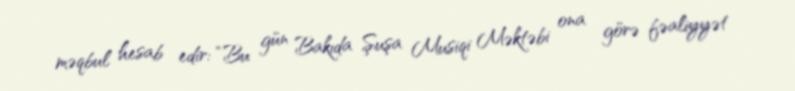
məqbul hesab edir: “Bu gün Bakıda Şuşa Musiqi Məktəbi ona görə fəaliyyət